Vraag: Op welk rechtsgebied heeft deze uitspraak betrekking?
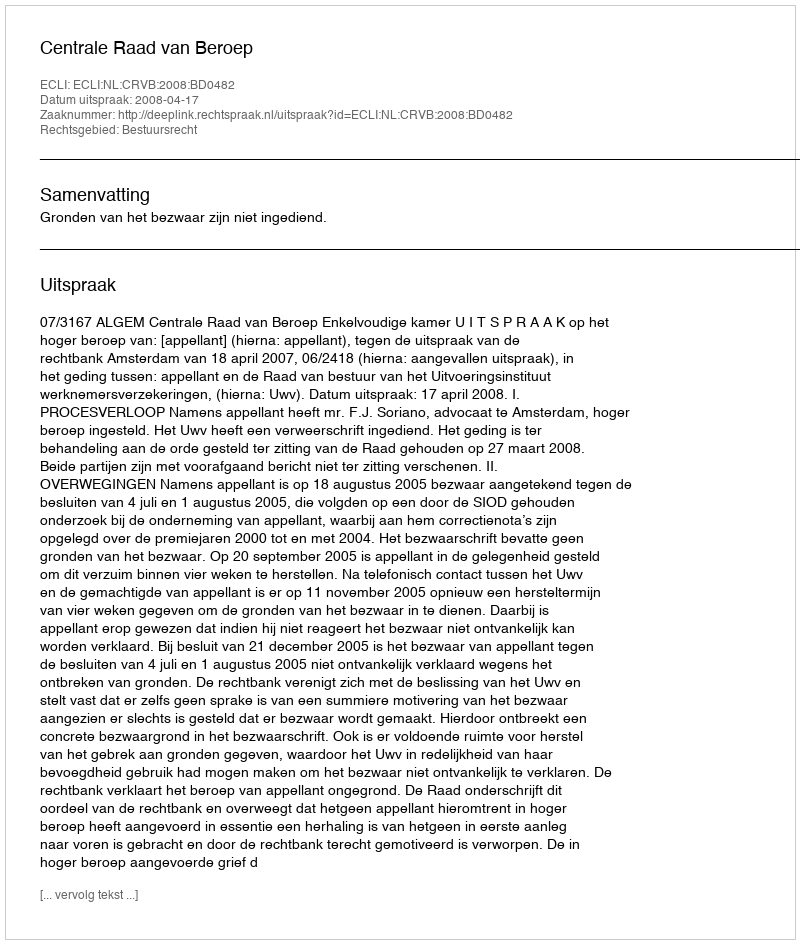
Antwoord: Bestuursrecht